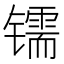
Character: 𰿂